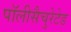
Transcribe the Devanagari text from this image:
पॉलीसैचुरेटेड